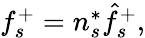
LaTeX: \begin{array}{r}{f_{s}^{+}=n_{s}^{*}\hat{f}_{s}^{+},}\end{array}